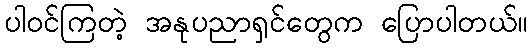
ပါဝင်ကြတဲ့ အနုပညာရှင်တွေက ပြောပါတယ်။